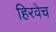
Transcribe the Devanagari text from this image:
हिरवेच